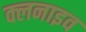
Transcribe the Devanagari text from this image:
क्लनाइव